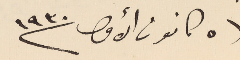
فى ٥ كانون الأول سنة ١٩٣٠